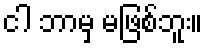
ငါ ဘာမှ မဖြစ်ဘူး။